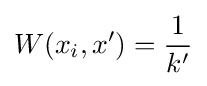
W(x_{i},x')={\frac {1}{k'}}